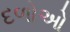
દળોઓ